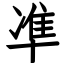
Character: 凖